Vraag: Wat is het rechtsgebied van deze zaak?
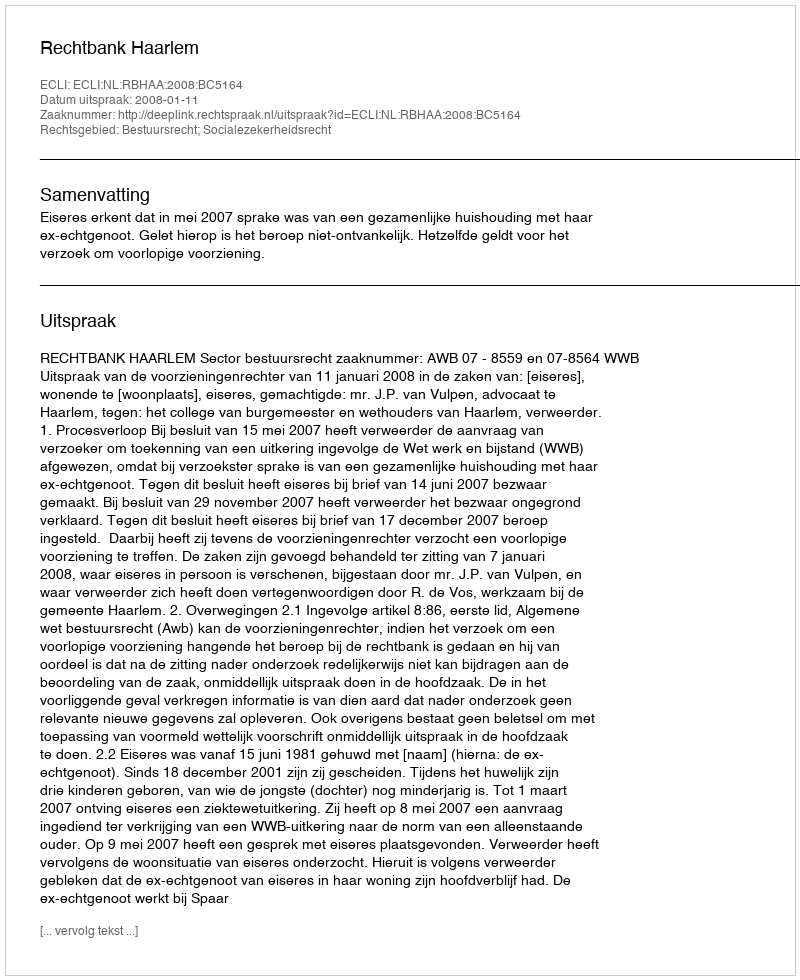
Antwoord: Bestuursrecht; Socialezekerheidsrecht